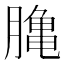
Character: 𪚲